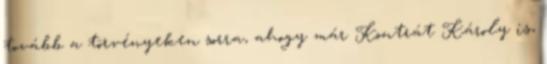
tovább a törvényeken sorra, ahogy már Kontrát Károly is,